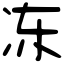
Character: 冻